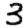
Digit: 3